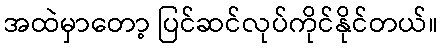
အထဲမှာတော့ ပြင်ဆင်လုပ်ကိုင်နိုင်တယ်။